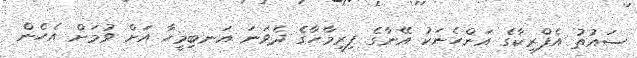
ސައުތު އެފްރިކާގެ އަންހެނަކު އޭނާގެ ފިރިމާހާގެ ދެވަނަ އަނބިމީހާ އަށް ވުމަށް އެހެން